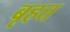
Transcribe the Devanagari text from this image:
बृहत्त